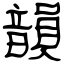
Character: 韻